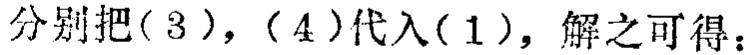
分别把\((3)\)，\((4)\)代入\((1)\)，解之可得：